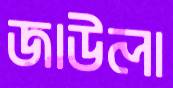
জাউলা